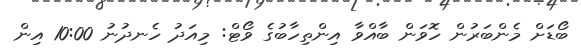
ބޯޑަށް މެންބަރުން ހޮވަން ބާއްވާ އިންތިހާބުގެ ވޯޓް: މިއަދު ހެނދުނު 10:00 އިން